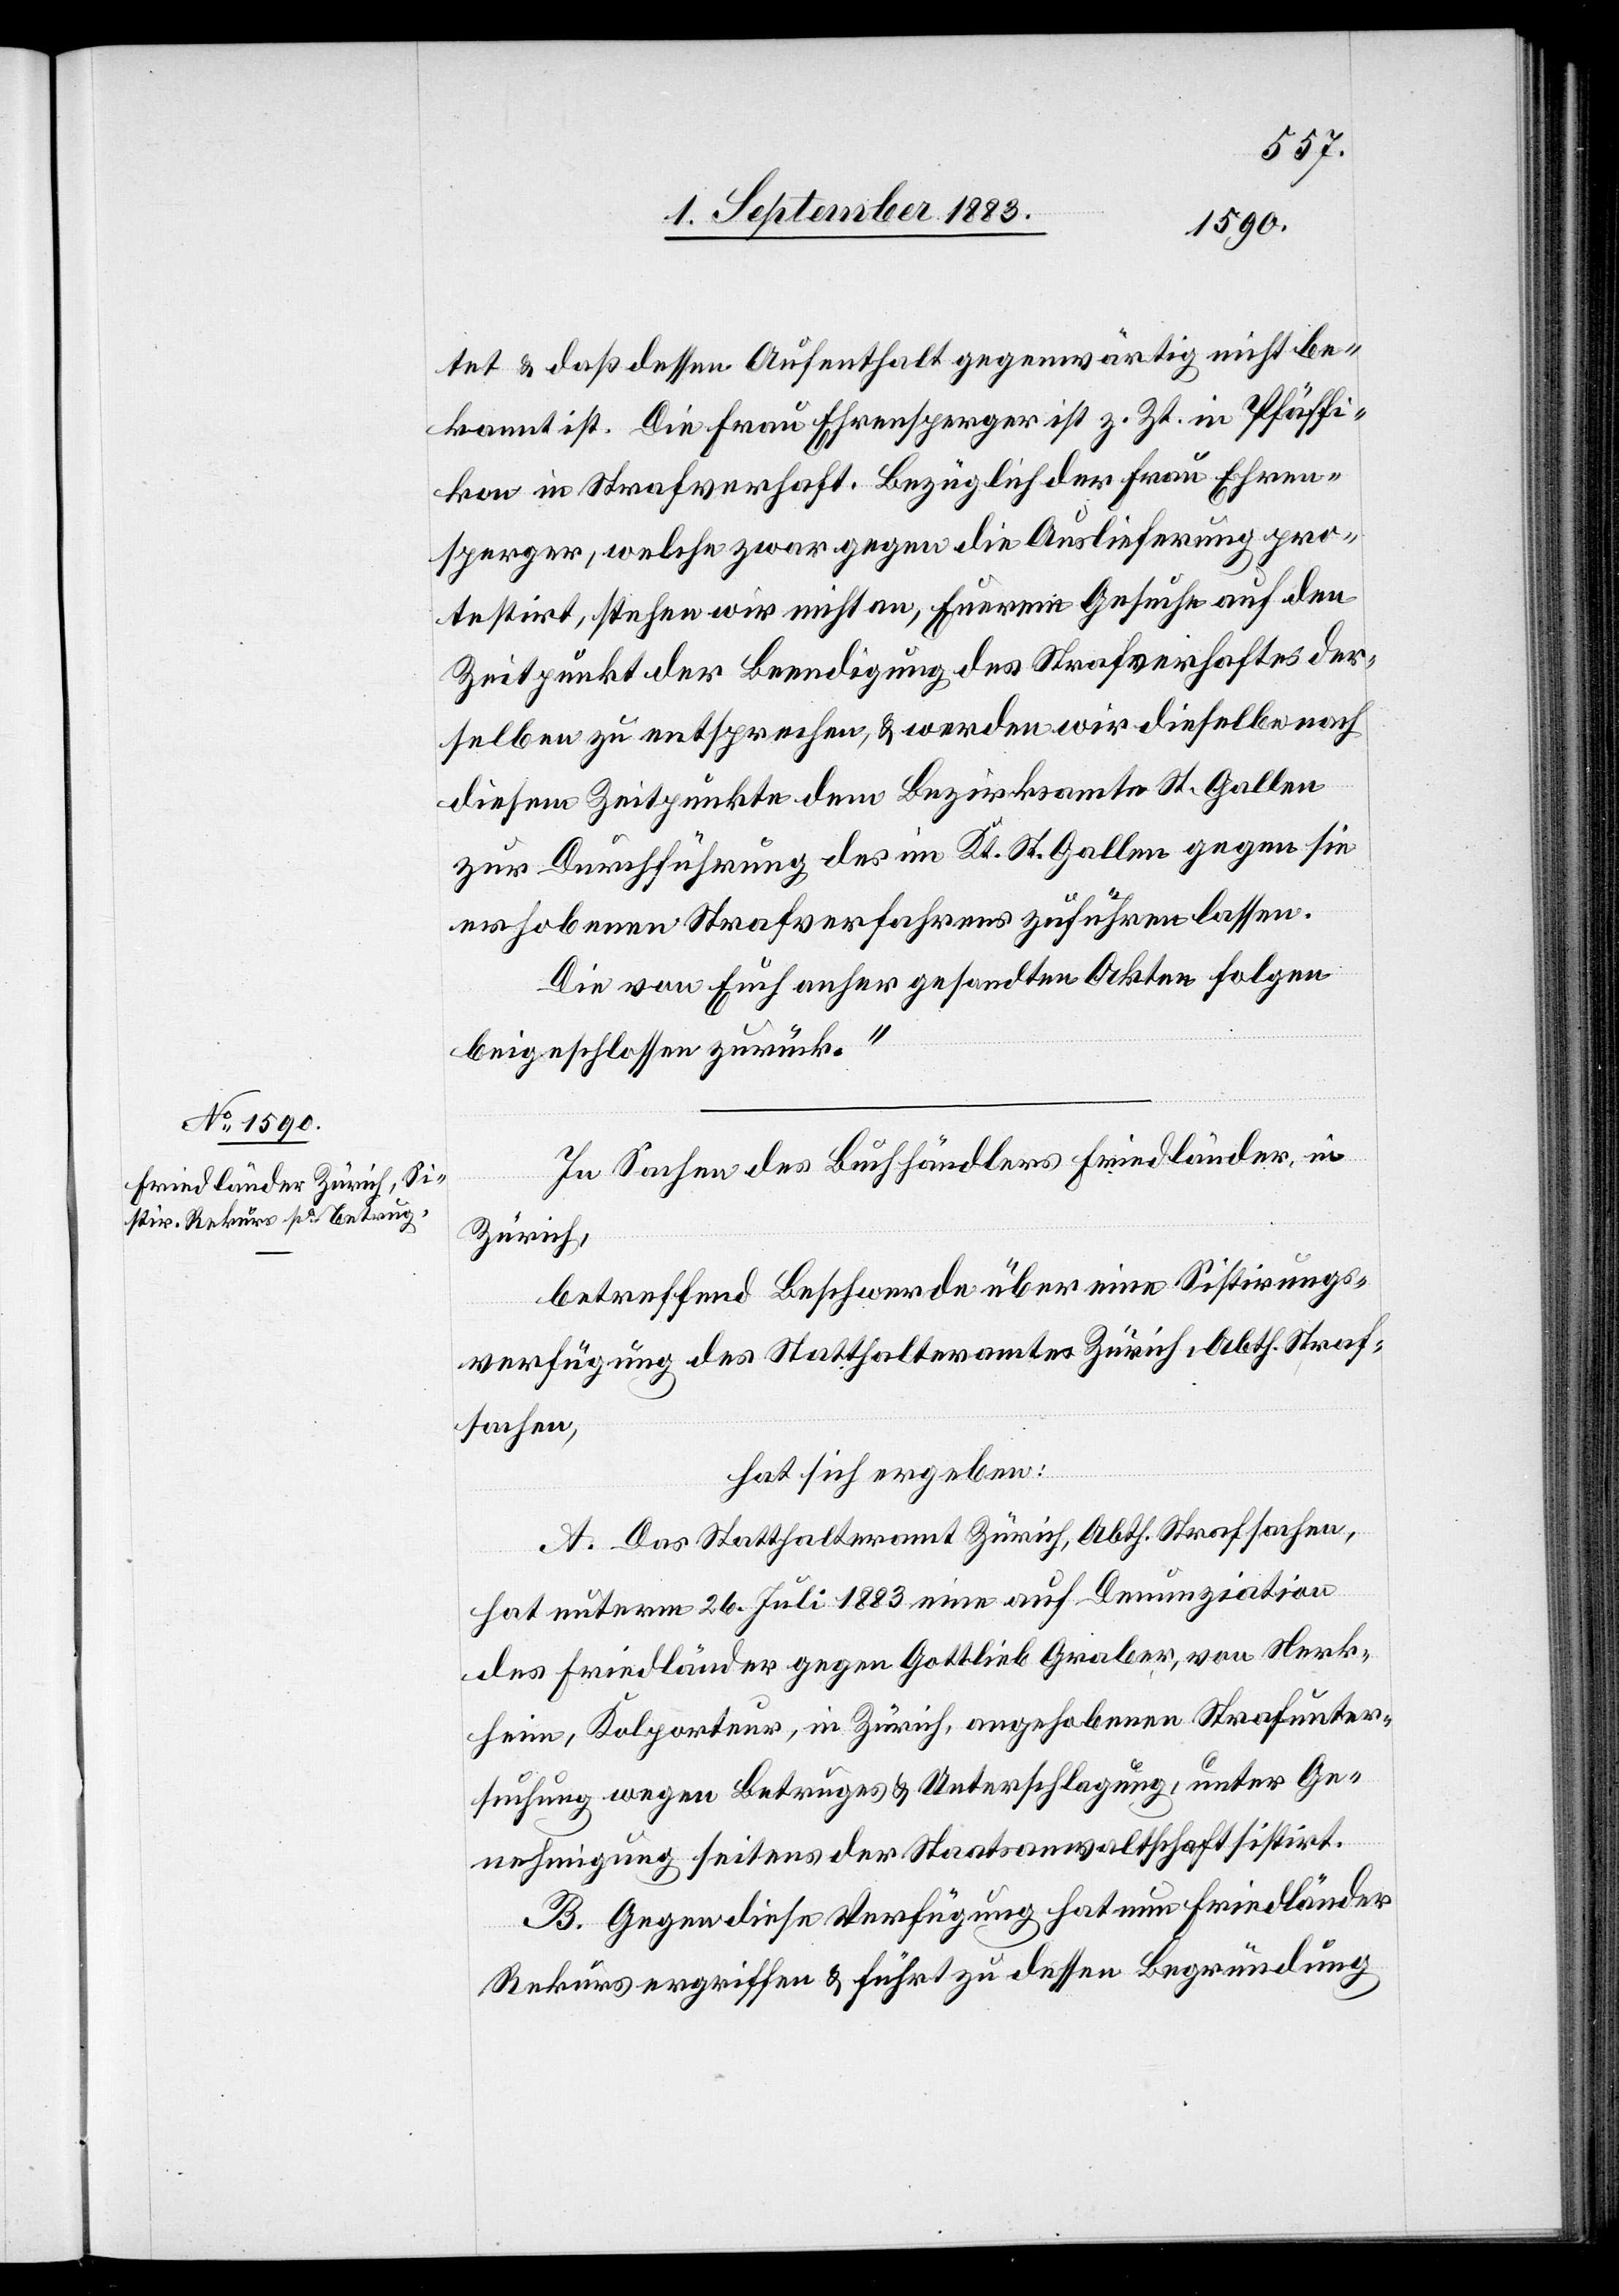
tet & daß dessen Aufenthalt gegenwärtig nicht be¬
kannt ist. Die Frau Ehrensperger ist z. Z. in Pfäffi¬
kon in Strafverhaft. Bezüglich der Frau Ehren¬
sperger, welche zwar gegen die Auslieferung pro¬
testirt, stehen wir nicht an, Euerem Gesuche auf den
Zeitpunkt der Beendigung des Strafverhaftes der¬
selben zu entsprechen, & werden wir dieselbe nach
diesem Zeitpunkte dem Bezirksamte St. Gallen
zur Durchführung des im Kt. St. Gallen gegen sie
erhobenen Strafverfahrens zuführen zu lassen.
Die von Euch anher gesandten Akten folgen
beigeschlossen zurück.“
In Sachen des Buchhändlers Friedländer, in
Zürich,
betreffend Beschwerde über eine Sistirungs¬
verfügung des Statthalteramtes Zürich, Abth. Straf¬
sachen,
hat sich ergeben:
A. Das Statthalteramt Zürich, Abth. Strafsachen,
hat unterm 26. Juli 1883 eine auf Denunziation
des Friedländer gegen Gottlieb Graber, von Nerk¬
heim, Kolporteur, in Zürich, angehobene Strafunter¬
suchung wegen Betruges & Unterschlagung, unter Ge¬
nehmigung seitens der Staatsanwaltschaft sistirt.
B. Gegen diese Verfügung hat nun Friedländer
Rekurs ergriffen & führt zu dessen Begründung